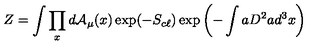
Z = \int \prod _ { x } d { \cal A } _ { \mu } ( x ) \exp ( - S _ { c \ell } ) \exp \left( - \int a D ^ { 2 } a d ^ { 3 } x \right)